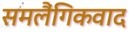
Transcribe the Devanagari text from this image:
समलैंगिकवाद